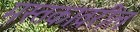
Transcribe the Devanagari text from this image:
मस्तकावरील